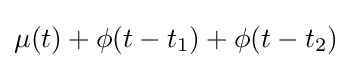
{\textstyle \mu (t)+\phi (t-t_{1})+\phi (t-t_{2})}